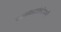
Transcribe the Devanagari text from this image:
रक्तवहसंस्थेमध्ये